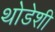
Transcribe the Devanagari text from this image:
थोडेशी